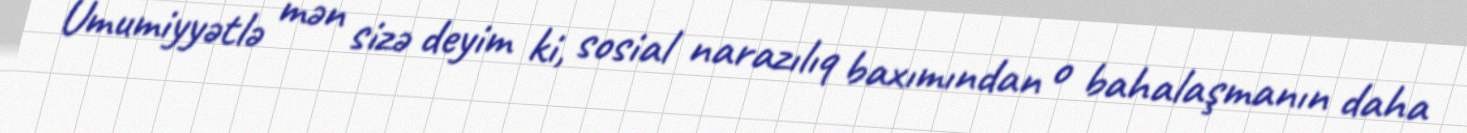
Ümumiyyətlə mən sizə deyim ki, sosial narazılıq baxımından o bahalaşmanın daha